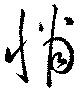
悄